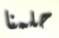
حلمنا